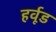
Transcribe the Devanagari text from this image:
हर्वूड